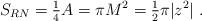
LaTeX: \begin{align*}S_{RN} = {\textstyle\frac{1}{4}} A = \pi M^2 ={\textstyle\frac{1}{2}} \pi |z^2|\ .\end{align*}